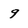
Character: 9